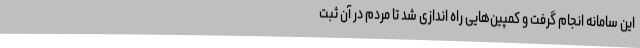
این سامانه انجام گرفت و کمپین‌هایی راه اندازی شد تا مردم در آن ثبت